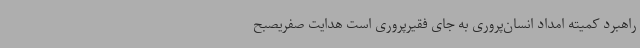
راهبرد کمیته امداد انسان‌پروری به جای فقیرپروری است هدایت صفریصبح